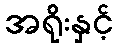
အရိုးနှင့်